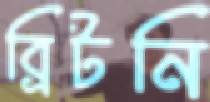
ব্রিটনি